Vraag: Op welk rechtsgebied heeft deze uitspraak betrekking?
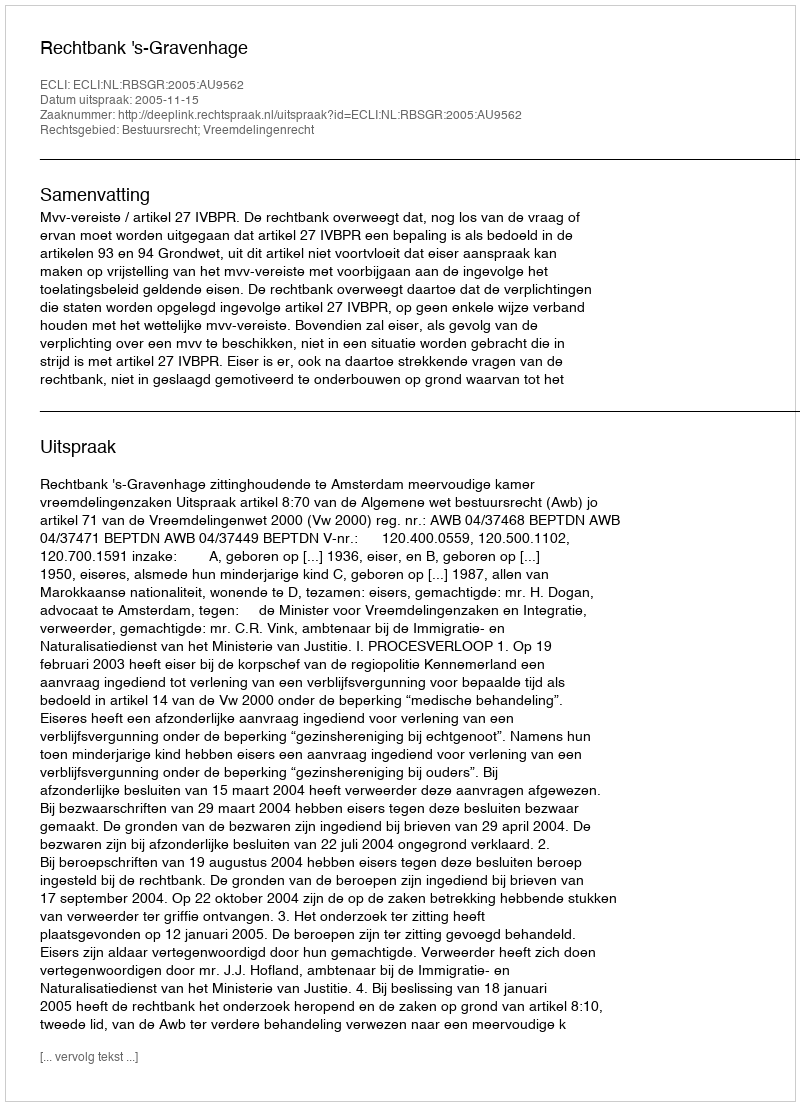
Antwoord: Bestuursrecht; Vreemdelingenrecht